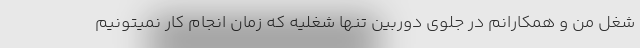
شغل من و همکارانم در جلوی دوربین تنها شغلیه که زمان انجام کار نمیتونیم